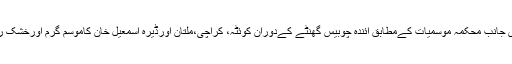
دوسری جانب محکمہ موسمیات کےمطابق آئندہ چوبیس گھنٹے کےدوران کوئٹہ، کراچی،ملتان اورڈیرہ اسمٰعیل خان کاموسم گرم اورخشک رہےگا۔